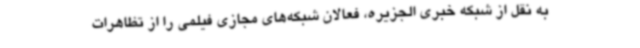
به نقل از شبکه خبری الجزیره، فعالان شبکه‌های مجازی فیلمی را از تظاهرات